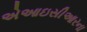
એઆઇસીઆરના